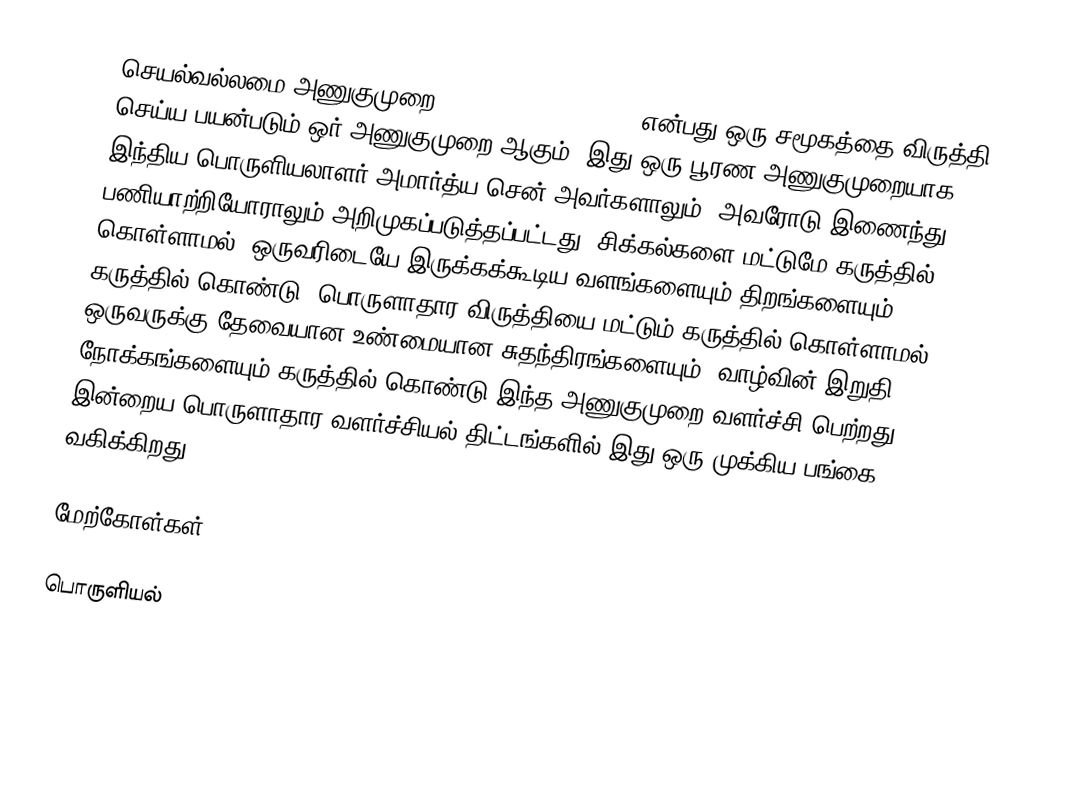
செயல்வல்லமை அணுகுமுறை (Capability approach) என்பது ஒரு சமூகத்தை விருத்தி செய்ய பயன்படும் ஒர் அணுகுமுறை ஆகும்.  இது ஒரு பூரண அணுகுமுறையாக இந்திய பொருளியலாளர் அமார்த்ய சென் அவர்களாலும், அவரோடு இணைந்து பணியாற்றியோராலும் அறிமுகப்படுத்தப்பட்டது.  சிக்கல்களை மட்டுமே கருத்தில் கொள்ளாமல், ஒருவரிடையே இருக்கக்கூடிய வளங்களையும் திறங்களையும் கருத்தில் கொண்டு, பொருளாதார விருத்தியை மட்டும் கருத்தில் கொள்ளாமல் ஒருவருக்கு தேவையான உண்மையான சுதந்திரங்களையும், வாழ்வின் இறுதி நோக்கங்களையும் கருத்தில் கொண்டு இந்த அணுகுமுறை வளர்ச்சி பெற்றது.  இன்றைய பொருளாதார வளர்ச்சியல் திட்டங்களில் இது ஒரு முக்கிய பங்கை வகிக்கிறது.

மேற்கோள்கள்

பொருளியல்